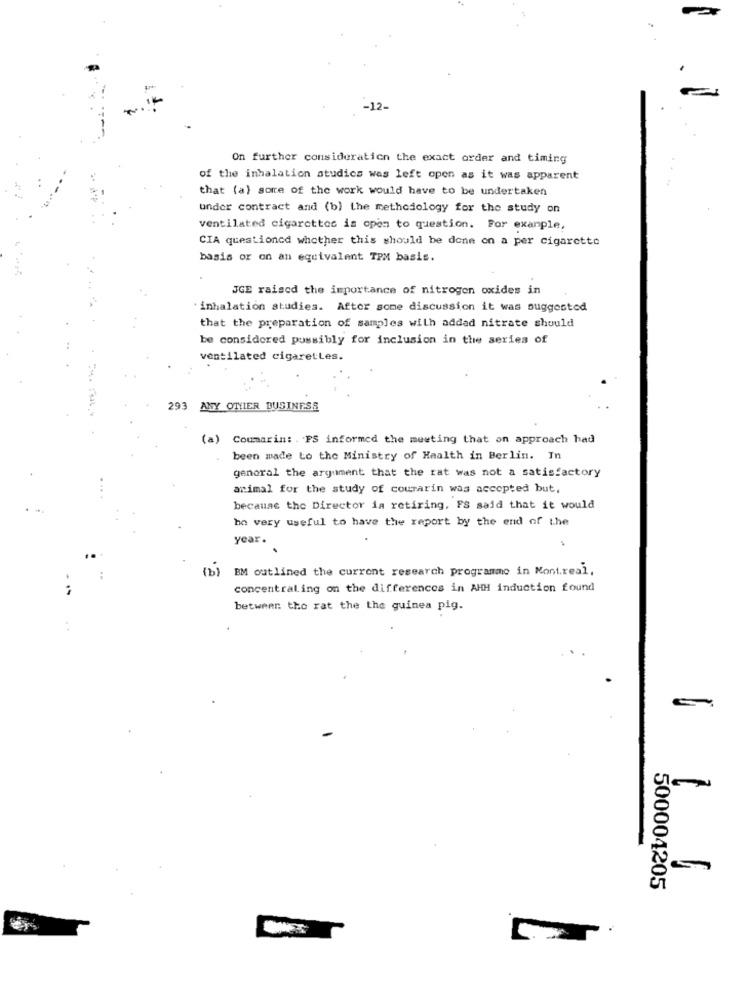
-12-
On further consideration the exact order and timing
of the inhalation studics was left open as it was apparent
that (a) some of the work would have to be undertaken
under contract and (b) the methodology for the study on
ventilated cigarettes is open to question. For example,
CIA questioncd whether this should be done on a per cigarette
basis or on an equivalent TPM basis.
JGE raiscd the importance of nitrogen oxides in
inhalation studies. After some discussion it was suggested
that the preparation of samples with added nitrate should
be considered possibly for inclusion in the series of
ventilated cigaretLes.
293 ANY OTHER BUSINESS
(a) Coumarin: . FS informed the meeting that on approach had
. been made to the Ministry of Health in Berlin. In
general the argument that the rat was not a satisfactory
animal for the study of courarin was accepted but,
because the Director is retiring, FS said that it would
ho very useful to have the report by the end of the
year.
(b)
BM outlined the current research programme in Montreal,
concentraling on the differences in AHH induction found
between the rat the the guinea pig.
500004205